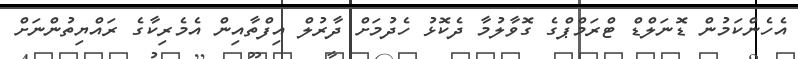
އެހެންކަމުން ޑޮނަލްޑް ޓްރަމްޕްގެ ގޮވާލުމާ ދެކޮޅު ހެދުމަށް ދާރުލް އިފްތާއިން އެމެރިކާގެ ރައްޔިތުންނަށް